画像に写った文字を読んでください
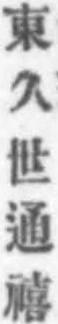
「東久世通禧」と書いてあります